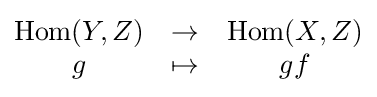
{\begin{matrix}\operatorname {Hom} (Y,Z)&\rightarrow &\operatorname {Hom} (X,Z)\\g&\mapsto &gf\end{matrix}}